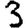
Digit: 3